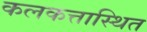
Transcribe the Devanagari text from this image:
कलकत्तास्थित